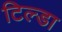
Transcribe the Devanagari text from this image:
टिल्डा